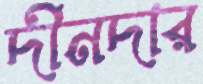
দীনদার